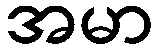
အမာ